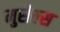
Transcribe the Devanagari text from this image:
मुसेल्स